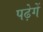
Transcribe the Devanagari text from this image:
पढ़ेगें